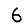
Digit: 6